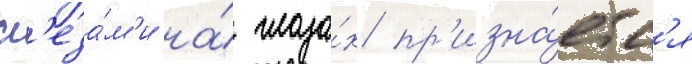
сл'еза́м'и на́ глаза́х пр'изна́етс'я